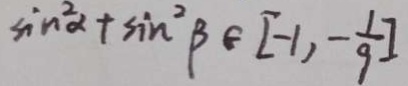
\sin ^ { 2 } \alpha + \sin ^ { 2 } \beta \in [ - 1 , - \frac { 1 } { 9 } ]